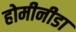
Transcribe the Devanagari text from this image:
होमीनीडा